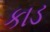
કાડ